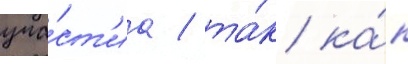
уча́ст'иа / та́к ка́к